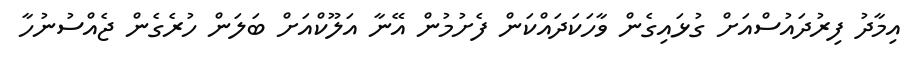
އިމާދު ފިރުދައުސްއަށް ގުޅައިގެން ވާހަކަދައްކަން ފެށުމުން އޭނާ އަލޫކްއަށް ބަލަން ހުރެގެން ޖެއްސުނުހާ